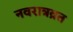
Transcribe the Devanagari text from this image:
नवरात्रव्रत